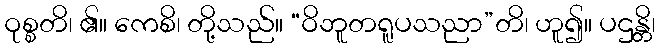
ဝုစ္စတိ၊ ၏။ ကေစိ၊ တို့သည်။ “ဝိဘူတရူပသညာ”တိ၊ ဟူ၍။ ပဌန္တိ၊